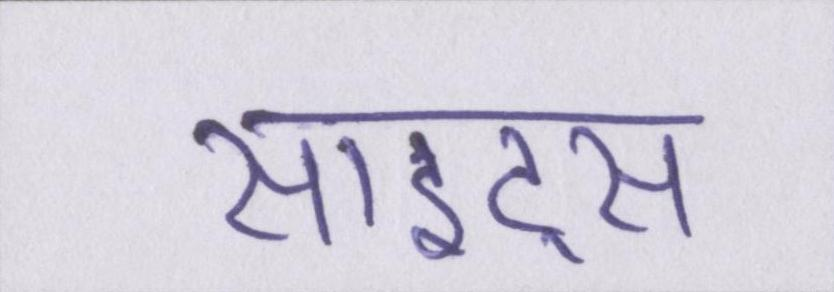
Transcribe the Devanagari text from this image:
साइट्स